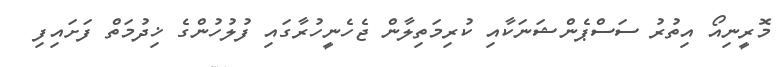
މޮރީނިއޯ އިތުރު ސަސްޕެންޝަނަކާއި ކުރިމަތިލާން ޖެހެނީހުރާގައި ފުލުހުންގެ ޚިދުމަތް ފަށައިފި